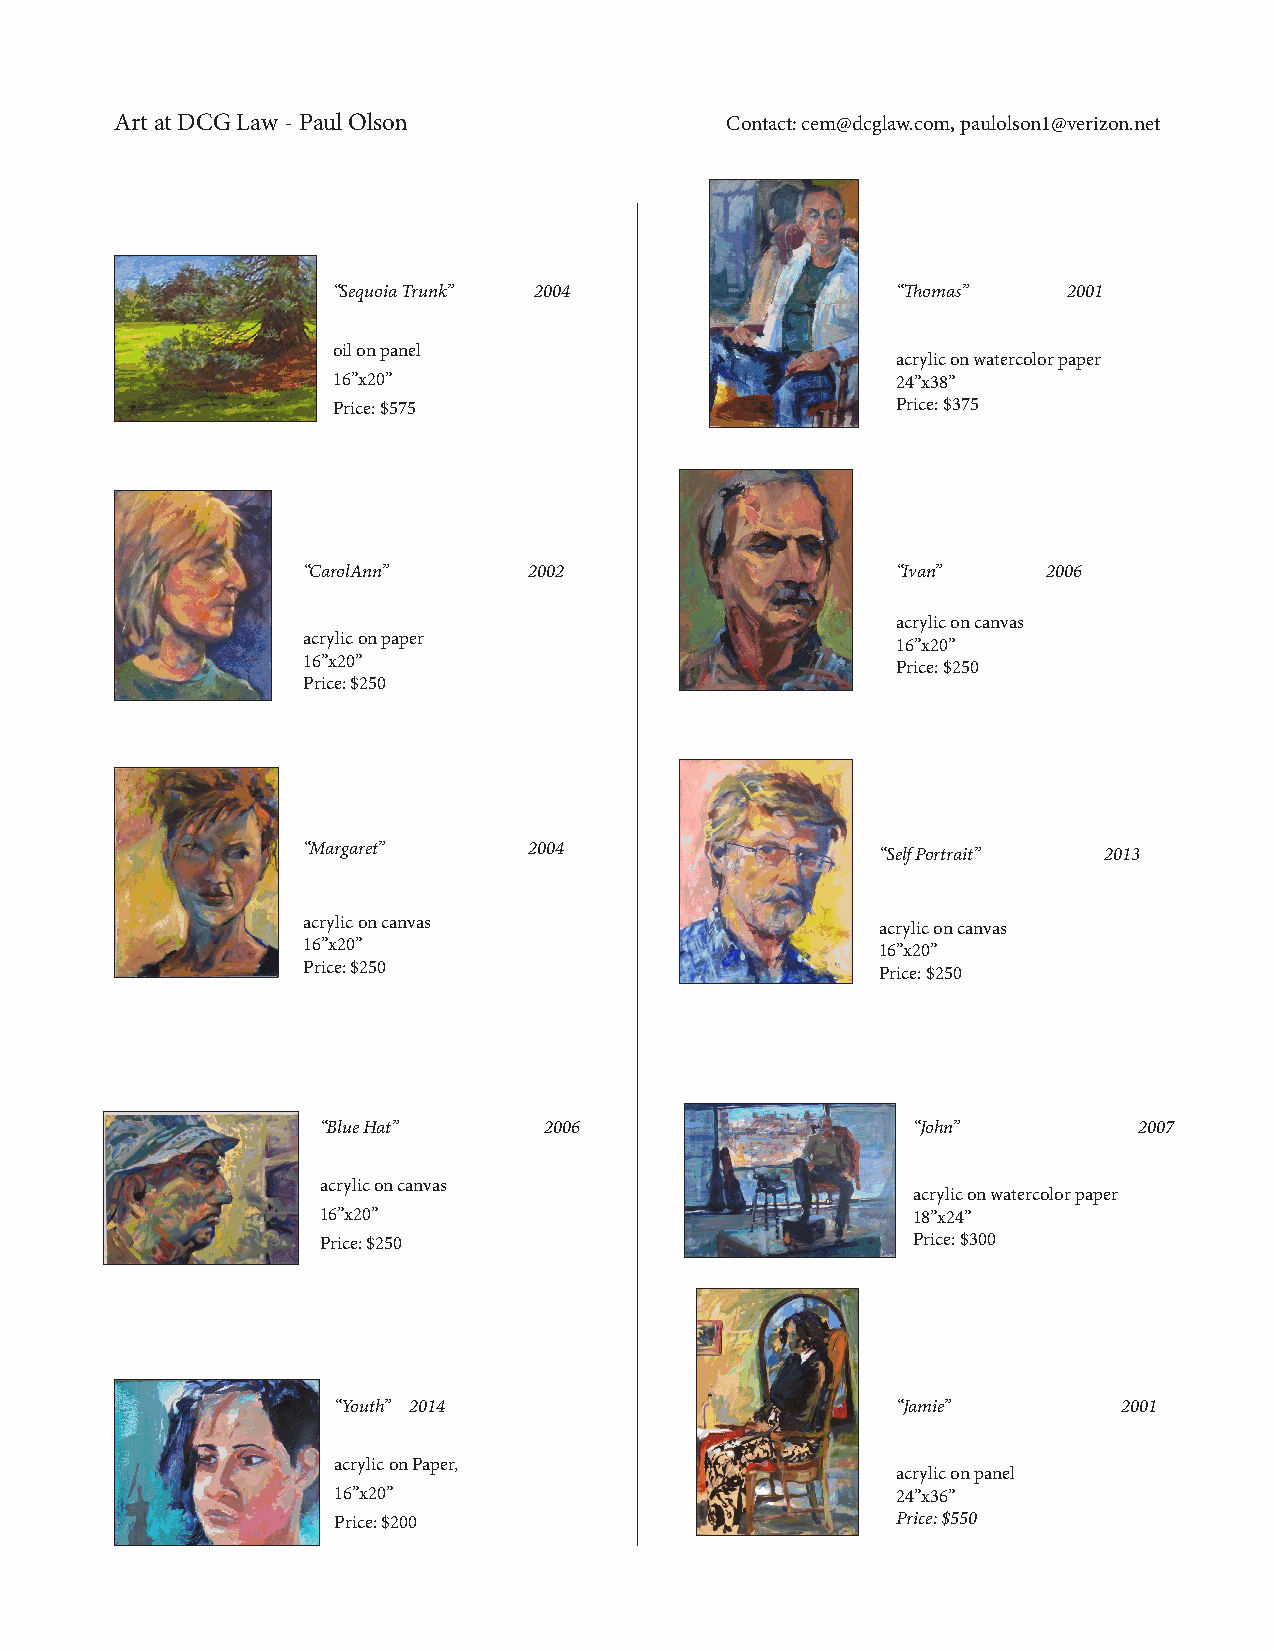
Art at DCG Law - Paul Olson             Contact: cem@dcglaw.com, paulolson1@verizon.net
 “Sequoia Trunk” 2004                 “Thomas”    2001
 oil on panel
 acrylic on watercolor paper
 16”x20”                              24”x38”
 Price: $575                          Price: $375
 “CarolAnn”     2002                    “Ivan”    2006
 acrylic on canvas
 acrylic on paper
 16”x20”
 16”x20”
 Price: $250
 Price: $250
 “Margaret”     2004                   “Self Portrait” 2013
 acrylic on canvas                     acrylic on canvas
 16”x20”                               16”x20”
 Price: $250                           Price: $250
 “Blue Hat”     2006                    “John”         2007
 acrylic on canvas
 acrylic on watercolor paper
 16”x20”                                18”x24”
 Price: $250                            Price: $300
 “Youth” 2014                         “Jamie”        2001
 acrylic on Paper,
 acrylic on panel
 16”x20”                              24”x36”
 Price: $200                          Price: $550